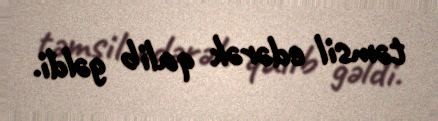
təmsil edərək qalib gəldi.